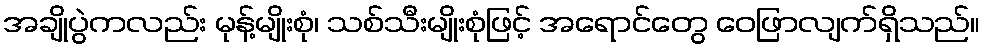
အချိုပွဲကလည်း မုန့်မျိုးစုံ၊ သစ်သီးမျိုးစုံဖြင့် အရောင်တွေ ဝေဖြာလျက်ရှိသည်။